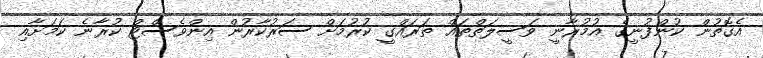
އެގޮތުން ކުންފުނީގެ އުމުރާނީ ވަސީލަތްތައް ތަރައްގީ ކުރުމަށް ސަރުކާރުން އިންވެސްޓް ކުރާނެ ކަަމަށާއި